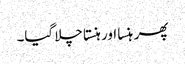
پھر ہنسا اور ہنستا چلا گیا۔